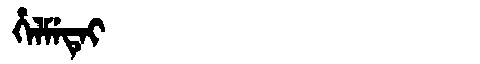
Manchu: ᡥᡝᠯᠮᡝᡨᡝᡳ
Romanization: HELMETEI